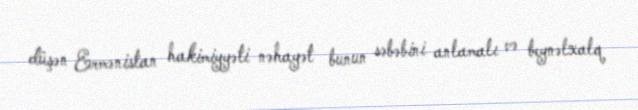
düşən Ermənistan hakimiyyəti nəhayət bunun səbəbini anlamalı və beynəlxalq